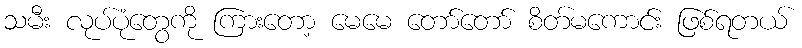
သမီး လုပ်ပုံတွေကို ကြားတော့ မေမေ တော်တော် စိတ်မကောင်း ဖြစ်ရတယ်